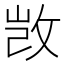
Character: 𮲔